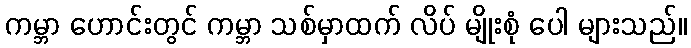
ကမ္ဘာ ဟောင်းတွင် ကမ္ဘာ သစ်မှာထက် လိပ် မျိုးစုံ ပေါ များသည်။